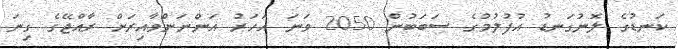
ކަނޑުގެ ލޮނުގަނޑު އުފުލުމުގެ ސަބަބުން 2050 ވަނަ އަހަރު އަންނަންވާއިރަށް ރާއްޖޭގެ ގިނަ